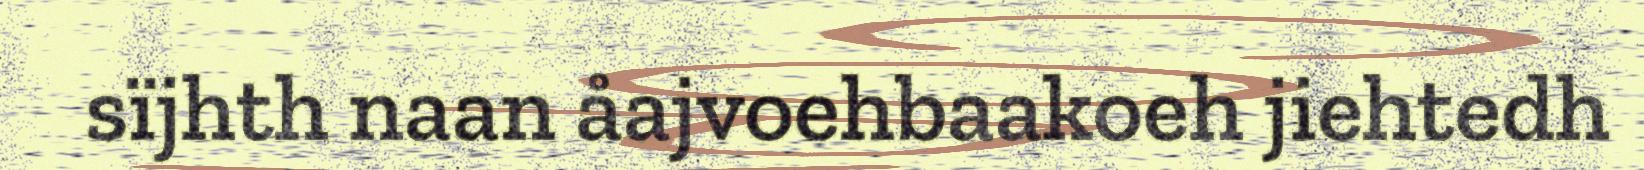
sïjhth naan åajvoehbaakoeh jiehtedh